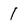
Character: 1